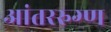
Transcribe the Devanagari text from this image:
आंतररुग्ण